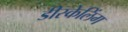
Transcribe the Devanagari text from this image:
डीस्केलिंग